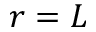
r = L